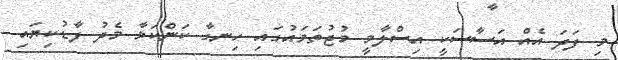
މި ފަދަ އެއް އަސާސަކީ އިސްލާމީ މުޖުތަމައުގައި ހިނގާ ކަންކަމާ މެދު ފާޑުކިޔައި